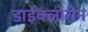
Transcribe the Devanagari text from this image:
डाईक्लोरीन